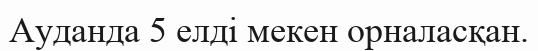
Ауданда 5 елді мекен орналасқан.